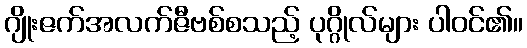
ဂျိုးဇက်အလက်ဇီဗစ်စသည့် ပုဂ္ဂိုလ်များ ပါဝင်၏။